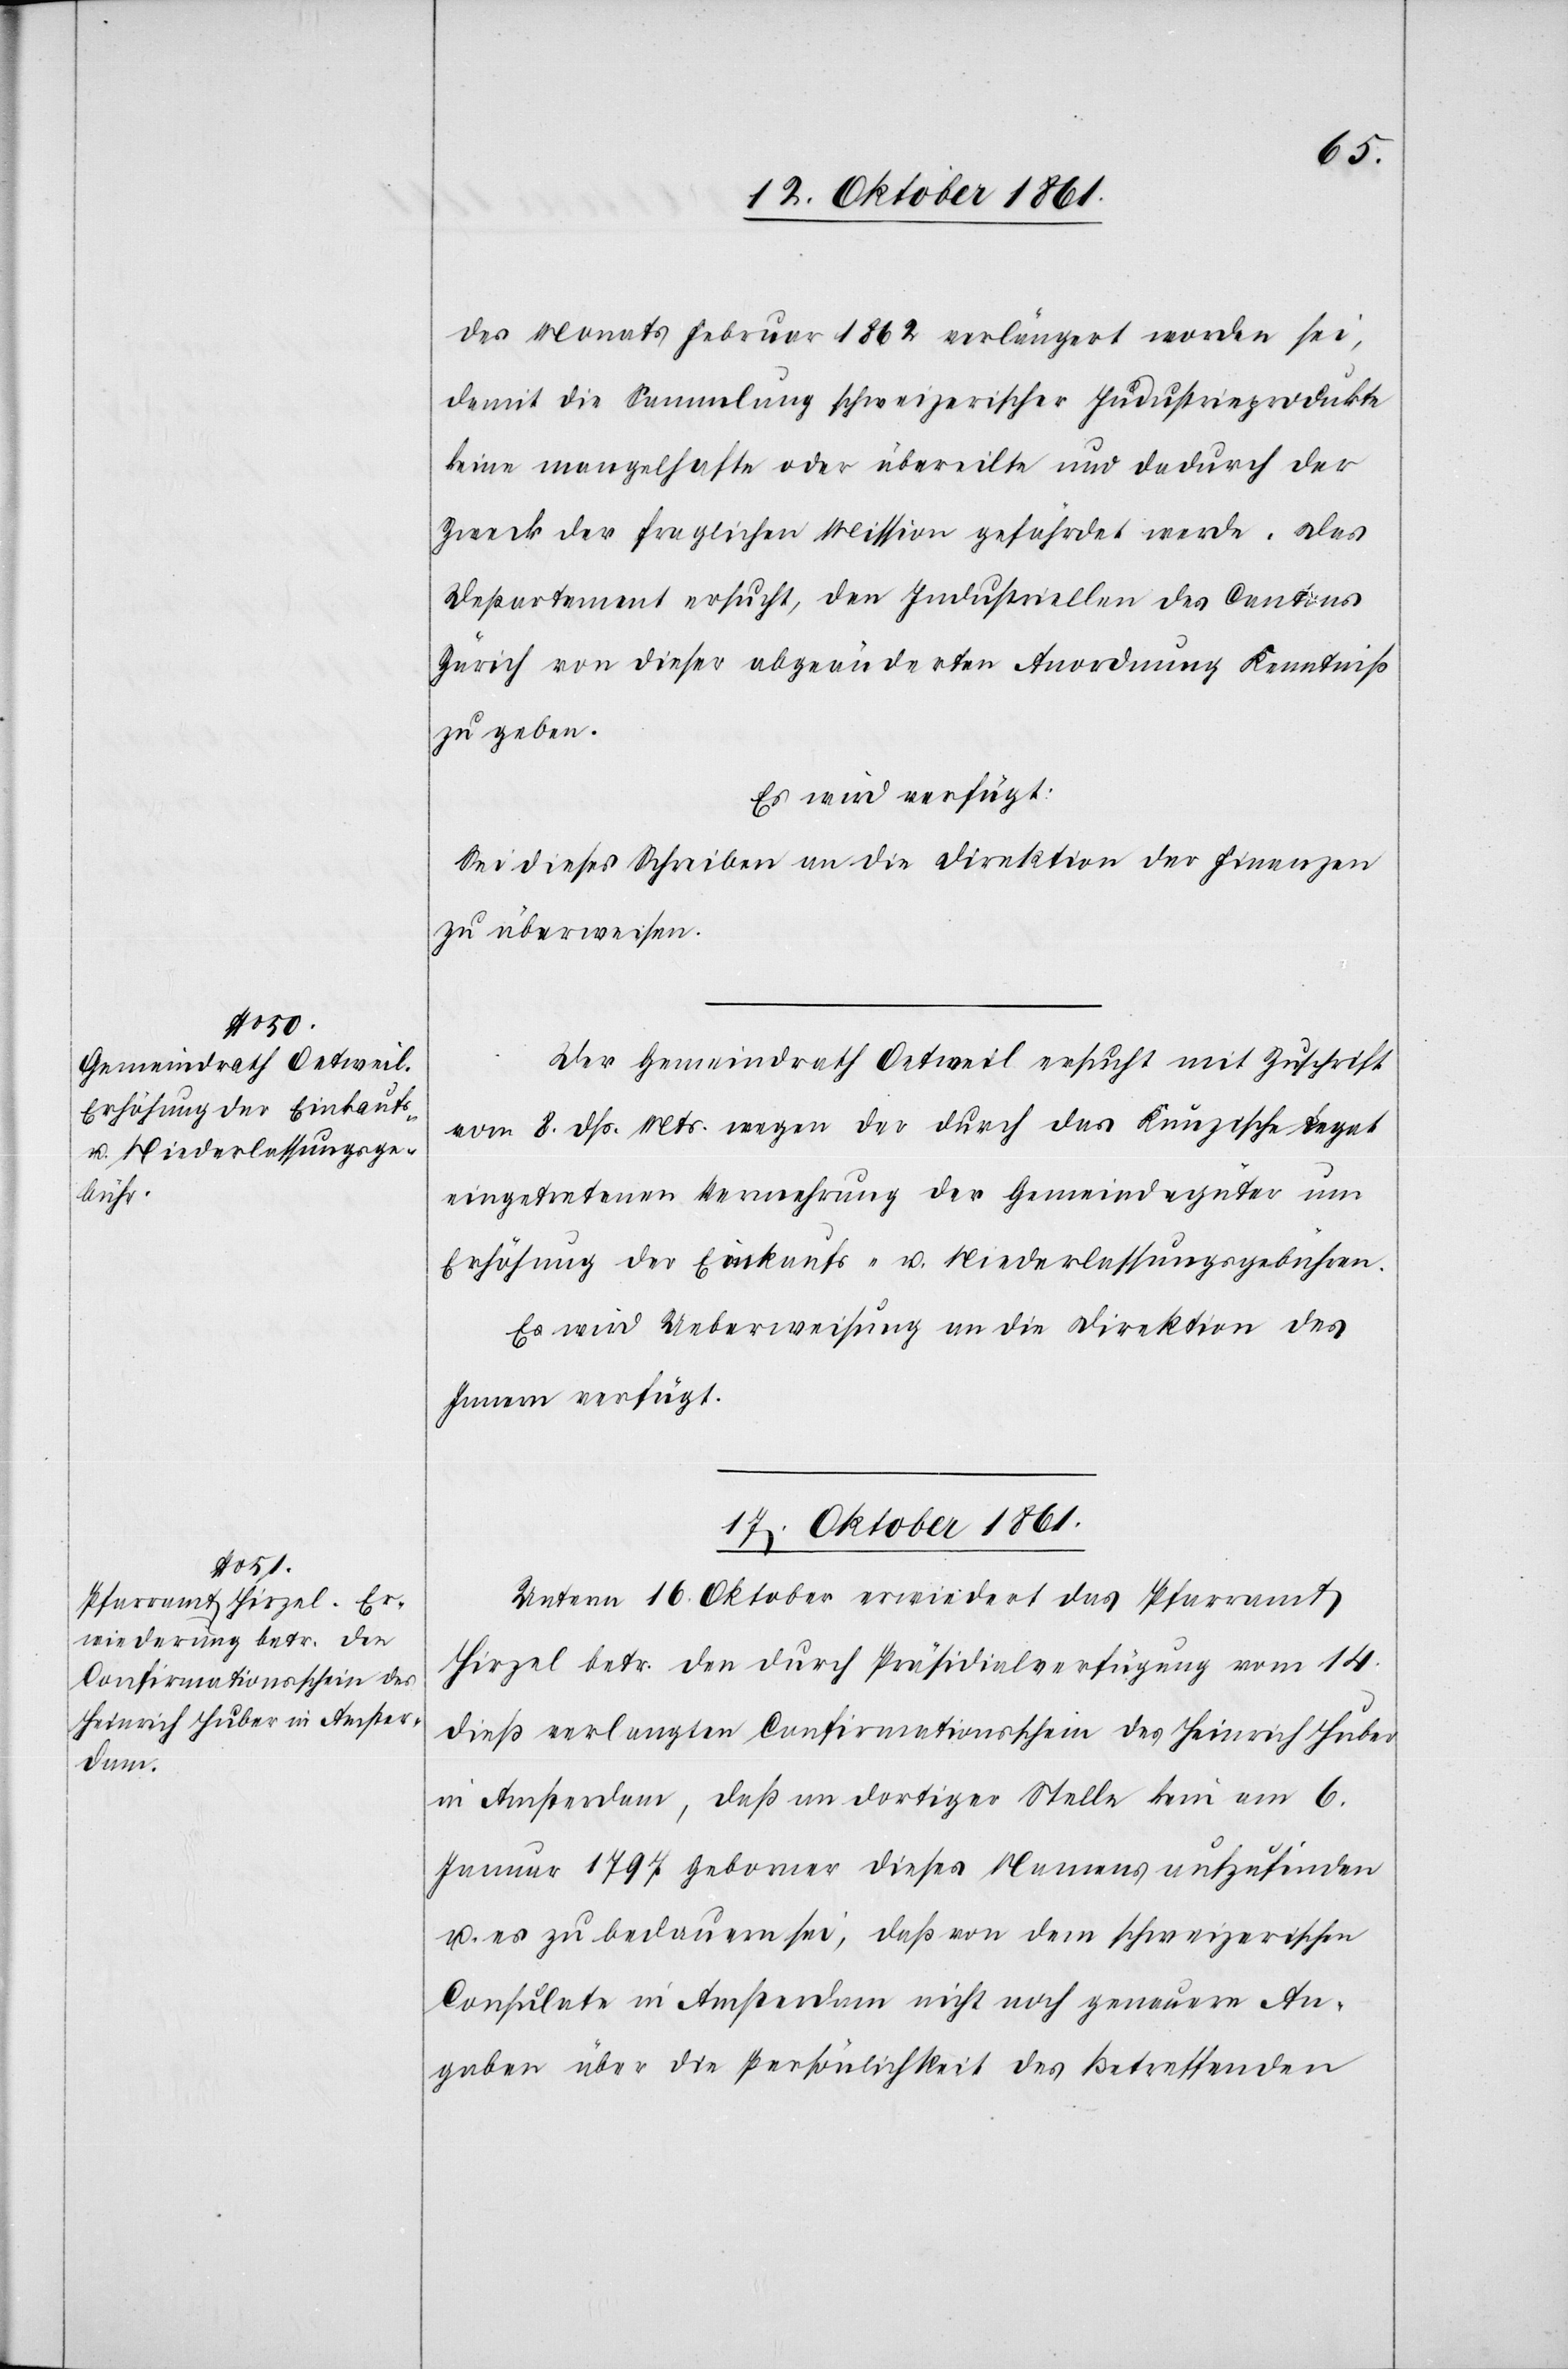
14 Oktober 1861.]
des Monats Februar 1862 verlängert worden sei,
damit die Sammlung schweizerischer Industrieprodukte
keine mangelhafte oder übereilte und dadurch der
Zweck der fraglichen Mission gefährdet werde. Das
Departement ersucht, den Industriellen des Cantons
Zürich von dieser abgeänderten Anordnung Kenntniß
zu geben.
Es wird verfügt:
Sei dieses Schreiben an die Direktion der Finanzen
zu überweisen.
Der Gemeindrath Oetweil ersucht mit Zuschrift
vom 8 dß. Mts. wegen der durch das Kunzsche Legat
eingetretenen Vermehrung der Gemeindegüter um
Erhöhung der Einkaufs- u. Niederlassungsgebühren.
Es wird Ueberweisung an die Direktion des
Innern verfügt.
17 Oktober 1861.]
Unterm 16 Oktober erwiedert das Pfarramt
Hirzel betr. den durch Präsidialverfügung vom 14
dieß verlangten Confirmationsschein des Heinrich Huber
in Amsterdam, daß an dortiger Stelle kein am 6
Januar 1797 geborner dieses Namens aufzufinden
u. es zu bedauern sei, daß von dem schweizerischen
Consulate in Amsterdam nicht noch genauere An¬
gaben über die Persönlichkeit des betreffenden